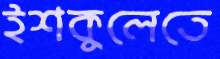
ইশকুলেতে